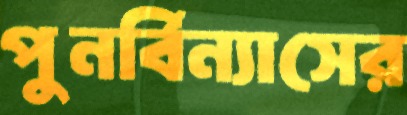
পুনর্বিন্যাসের